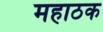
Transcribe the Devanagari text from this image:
महाठक